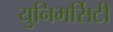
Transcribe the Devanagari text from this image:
युनिभर्सिटी